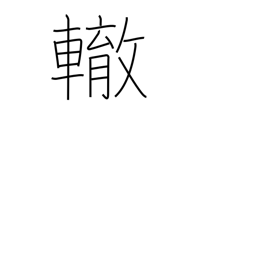
Meaning: wheel track